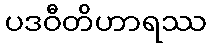
ပဒဝီတိဟာရဿ